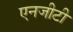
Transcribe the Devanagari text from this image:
एनजीटी